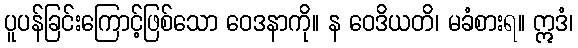
ပူပန်ခြင်းကြောင့်ဖြစ်သော ဝေဒနာကို။ န ဝေဒိယတိ၊ မခံစားရ။ ဣဒံ၊